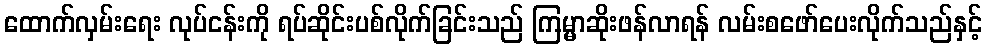
ထောက်လှမ်းရေး လုပ်ငန်းကို ရပ်ဆိုင်းပစ်လိုက်ခြင်းသည် ကြမ္မာဆိုးဖန်လာရန် လမ်းစဖော်ပေးလိုက်သည်နှင့်